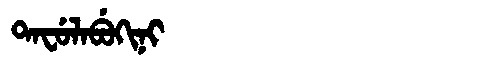
Manchu: ᡨᠠᠸᡠᠯᠠᠪᡠᡴᡳᠨᡳ
Romanization: TAFULABUKINI